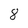
Character: 8